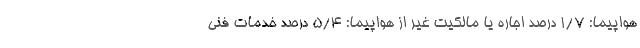
هواپیما: ۱/۷ درصد اجاره یا مالکیت غیر از هواپیما: ۵/۴ درصد خدمات فنی